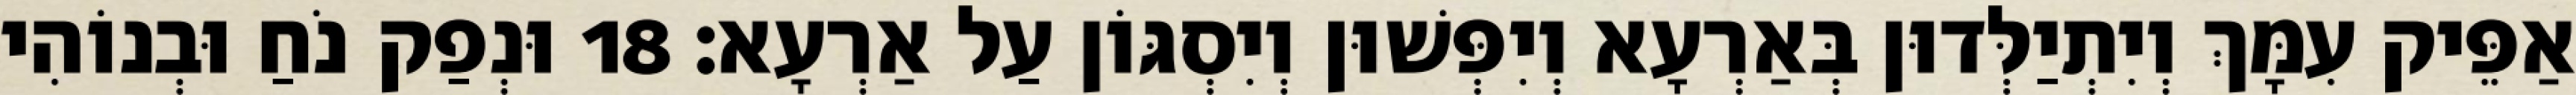
אַפֵּיק עִמָּךְ וְיִתְיַלְּדוּן בְּאַרְעָא וְיִפְּשׁוּן וְיִסְגּוֹן עַל אַרְעָא׃ 18 וּנְפַק נֹחַ וּבְנוֹהִי